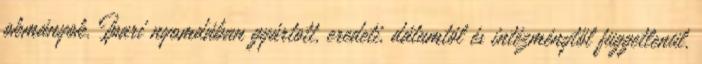
okmányok. Ipari nyomdában gyártott, eredeti, dátumtól és intézménytől függetlenül.